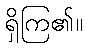
ရှိကြ၏။